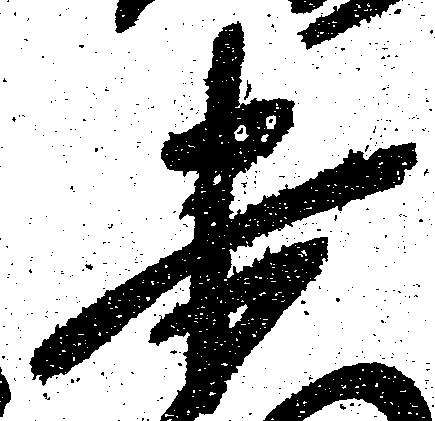
未